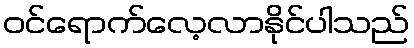
ဝင်ရောက်လေ့လာနိုင်ပါသည်